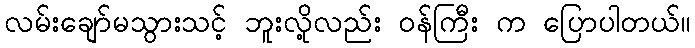
လမ်းချော်မသွားသင့် ဘူးလို့လည်း ဝန်ကြီး က ပြောပါတယ်။